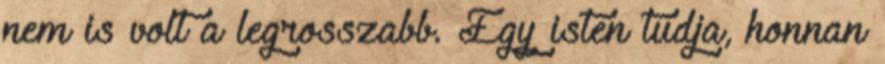
nem is volt a legrosszabb. Egy isten tudja, honnan